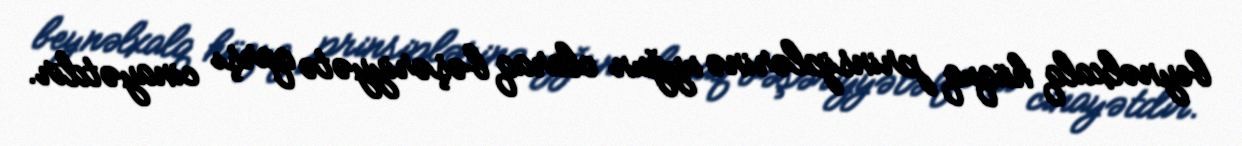
beynəlxalq hüquq prinsiplərinə uyğun olaraq bəşəriyyətə qarşı cinayətdir.